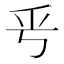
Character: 𠂠